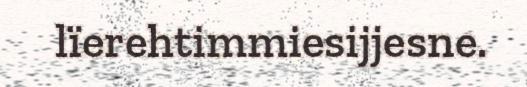
lïerehtimmiesijjesne.